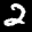
Label: 2